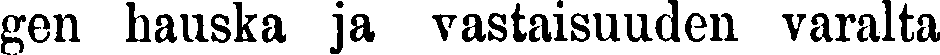
gen hauska ja vastaisuuden varalta